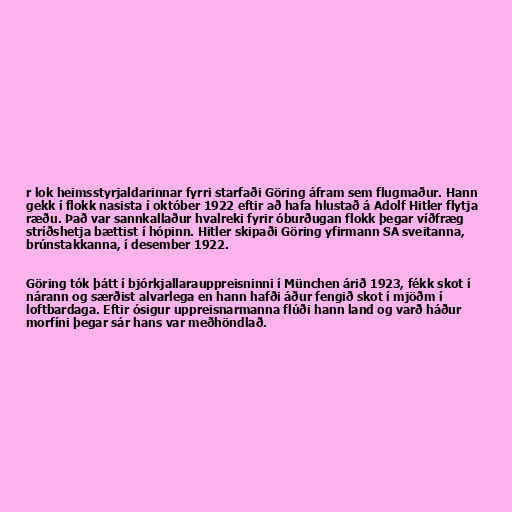
r lok heimsstyrjaldarinnar fyrri starfaði Göring áfram sem flugmaður. Hann
gekk í flokk nasista í október 1922 eftir að hafa hlustað á Adolf Hitler flytja
ræðu. Það var sannkallaður hvalreki fyrir óburðugan flokk þegar víðfræg
stríðshetja bættist í hópinn. Hitler skipaði Göring yfirmann SA sveitanna,
brúnstakkanna, í desember 1922.

Göring tók þátt í bjórkjallarauppreisninni í München árið 1923, fékk skot í
nárann og særðist alvarlega en hann hafði áður fengið skot í mjöðm í
loftbardaga. Eftir ósigur uppreisnarmanna flúði hann land og varð háður
morfíni þegar sár hans var meðhöndlað.